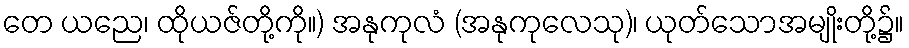
တေ ယညေ၊ ထိုယဇ်တို့ကို။) အနုကုလံ (အနုကုလေသု)၊ ယုတ်သောအမျိုးတို့၌။